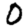
Digit: 0